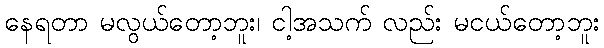
နေရတာ မလွယ်တော့ဘူး၊ ငါ့အသက် လည်း မငယ်တော့ဘူး